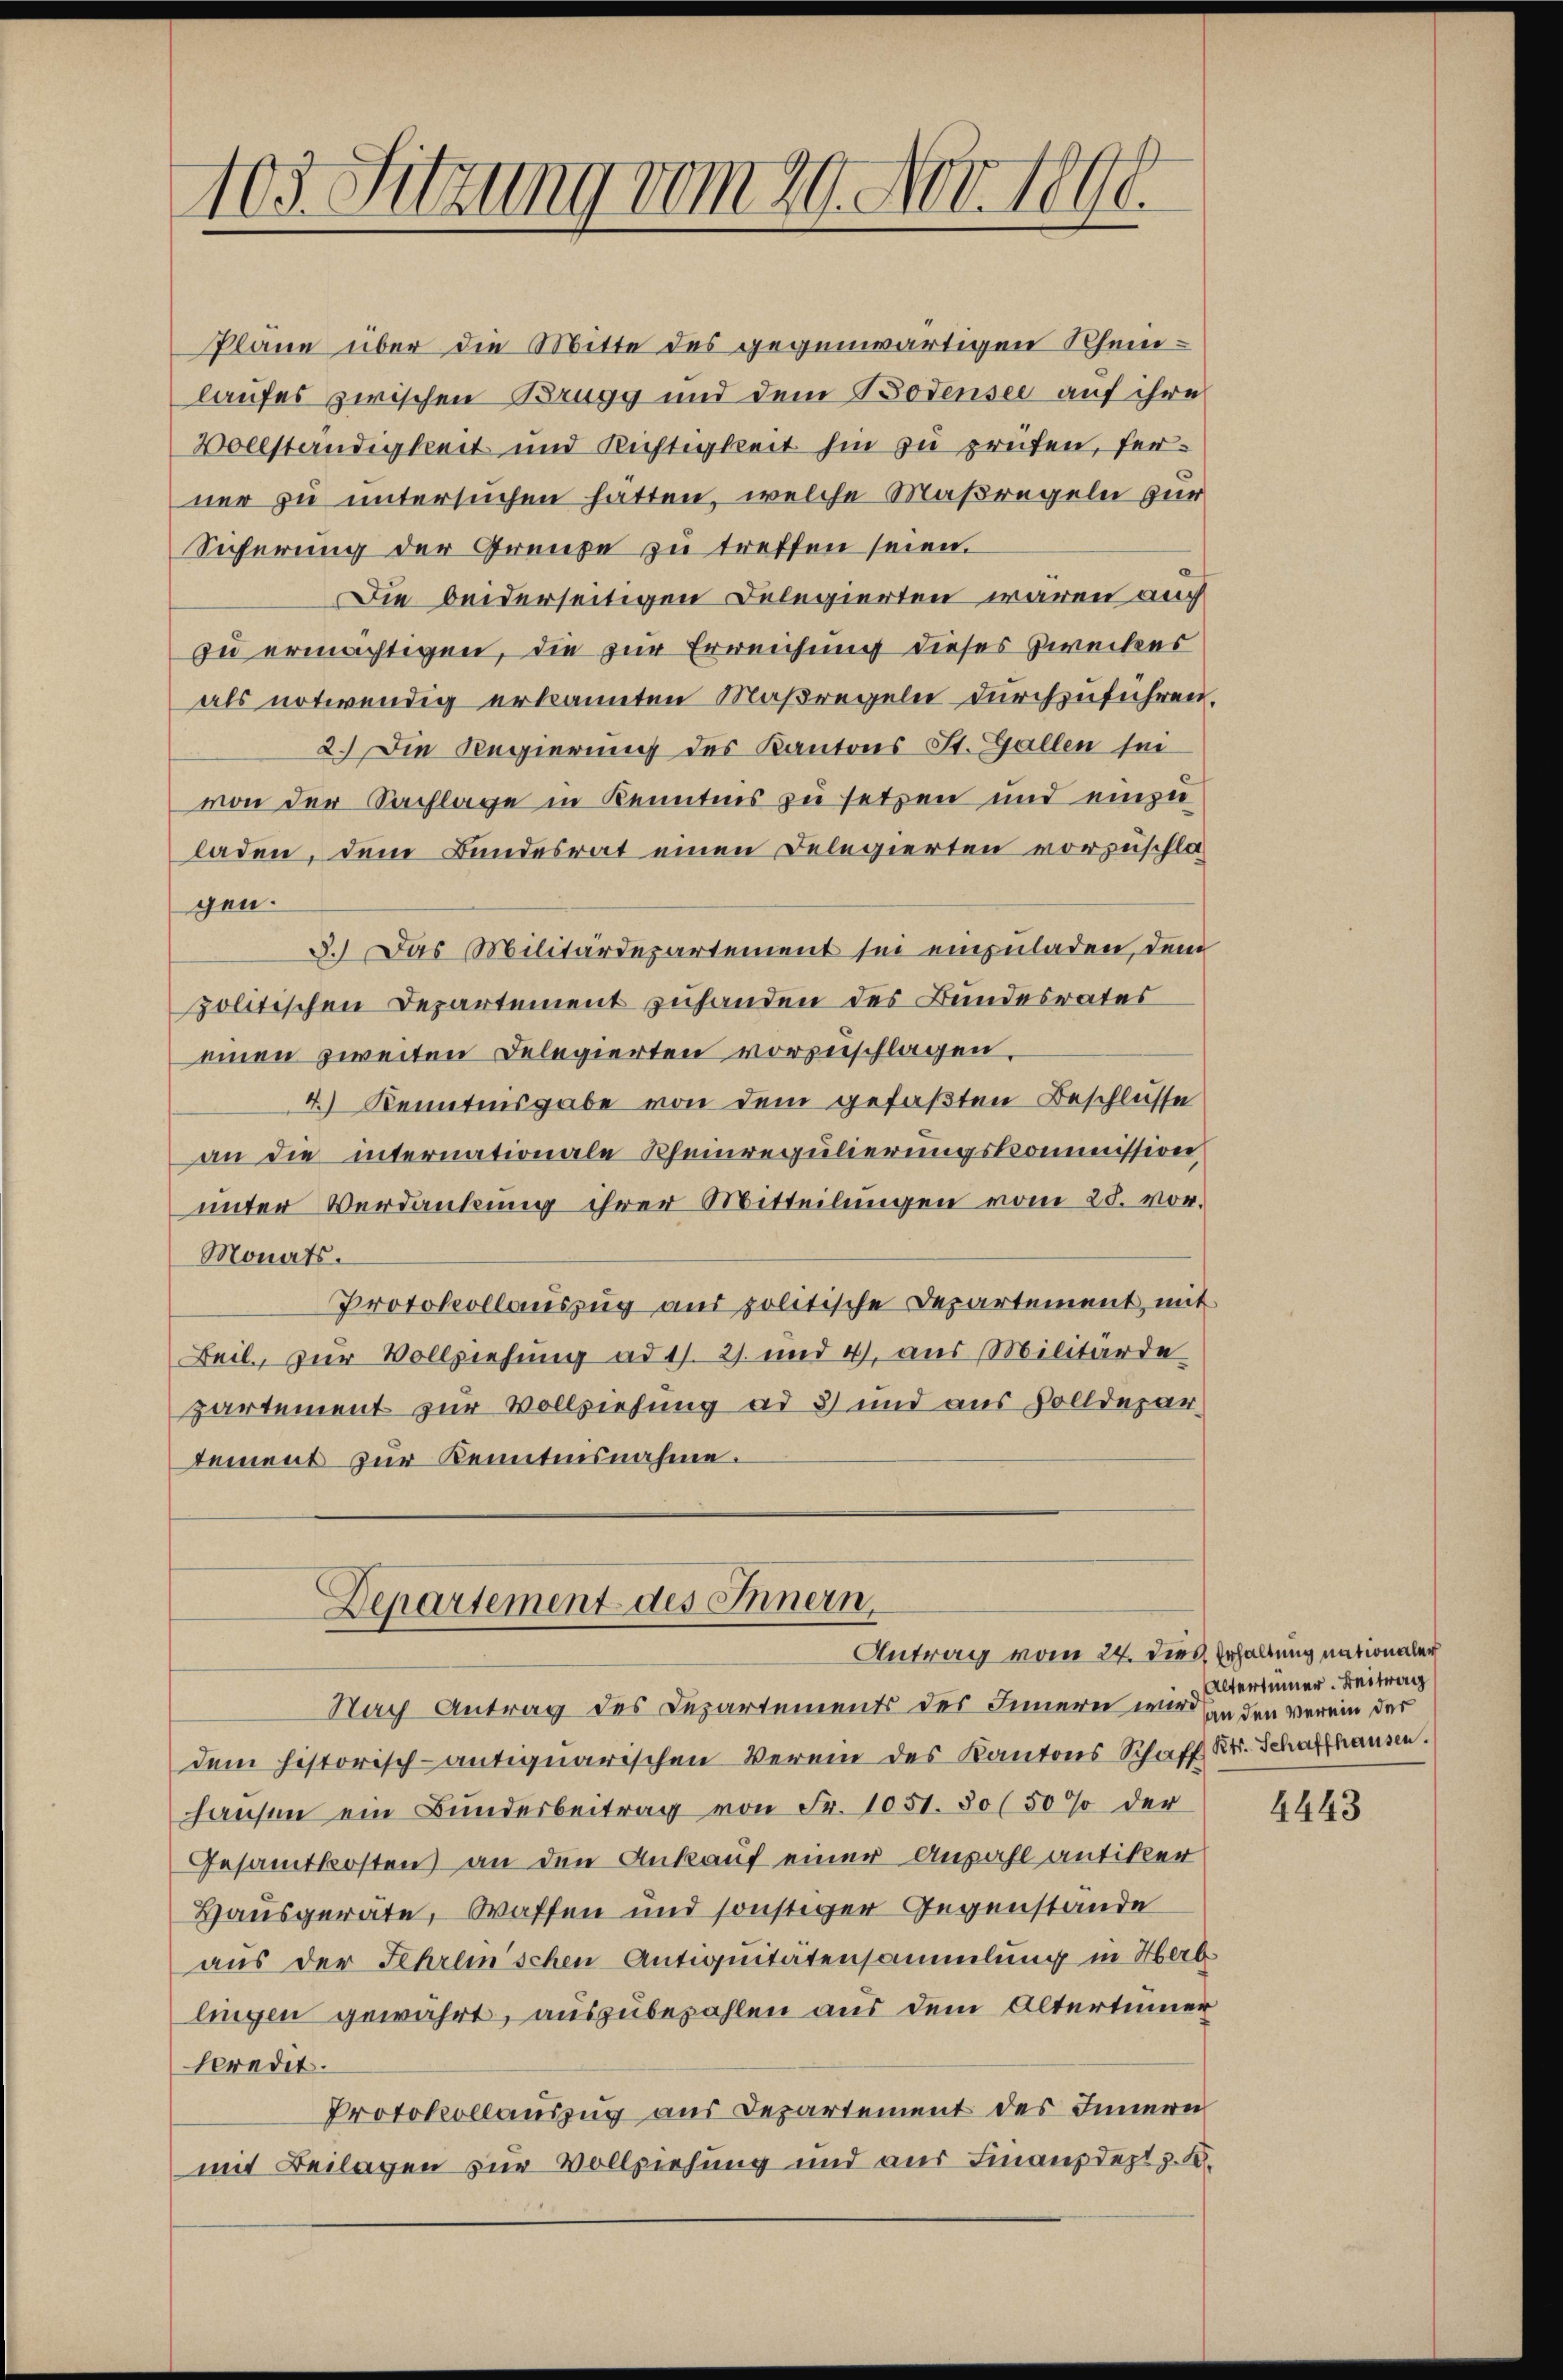
103. Sitzung vom 29. Nov. 1890.

Pläne über die Mitte des gegenwärtigen Rheinlaufes zwischen Brugg und dem Bodensee auf ihre
Vollständigkeit und Richtigkeit hin zu prüfen, ferner zu untersuchen hätten, welche Maßregeln zur
Sicherung der Grenze zu treffen seien.
Die beiderseitigen Delegierten waren auch
zu ermächtigen, die zur Erreichung dieses Zweckes
als notwendig erkannten Maßregeln durchzuführen.
2.) Die Regierung des Kantons St. Gallen sei
von der Sachlage in Kenntnis zu setzen und einzu
laden, dem Bundesrat einen Delegierten vorzuschlagen.
3.) Das Militärdepartement sei einzuladen, dem
politischen Departement zuhanden des Bundesrates
einen zweiten Delegierten vorzuschlagen.
4.) Kenntnisgabe von dem gefaßten Beschlüsse
an die internationale Rheinregulierungskommission
unter Verdankung ihrer Mitteilungen vom 25. vor.
Monats.
Protokollauszug aus politische Departement, mit
Beil, zur Vollziehung ad 1. 27. und 4. aus Militärde
partement zur Vollziehung ad 3 und aus Zolldepartemens zur Kenntnisnahme.
Departement des Innern,
Antrag vom 24. dies Erhaltung nationaler
Nach Antrag des Departements des Innern wird in den verein der
dem historisch-antiquarischen Verein des Kantons Schaff Kt. Schaffhausen.
hausen ein Bundesbeitrag von Fr. 1051. 80 (50 % der
Gesamtkosten an den Ankauf einer Anzahl antiker
Hausgeräte, Waffen und sonstiger Gegenstände
aus der Fehrenschen Antiquitätensammlung in Herb
lingen gewährt, auszubezahlen aus dem Altertümer
kredit.
Protokollauszug aus Departement des Innern
mit Beilagen zur Vollziehung und aus Finanzdept z. B.

Altertümer. Beitrag

4443